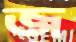
জ